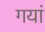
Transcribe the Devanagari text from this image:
गयां